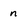
Character: n